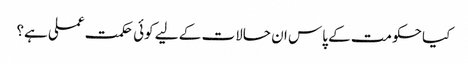
کیا حکومت کے پاس ان حالات کے لیے کوئی حکمت عملی ہے؟